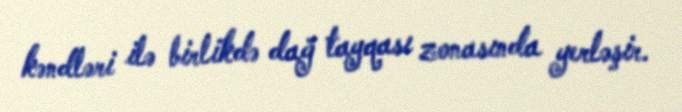
kəndləri ilə birlikdə dağ tayqası zonasında yerləşir.